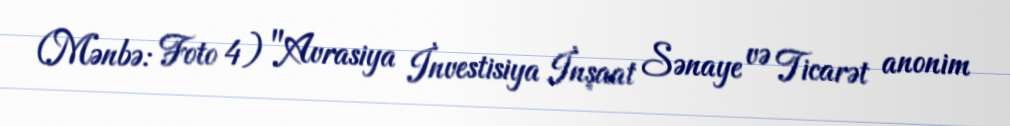
(Mənbə: Foto 4) "Avrasiya İnvestisiya İnşaat Sənaye və Ticarət anonim